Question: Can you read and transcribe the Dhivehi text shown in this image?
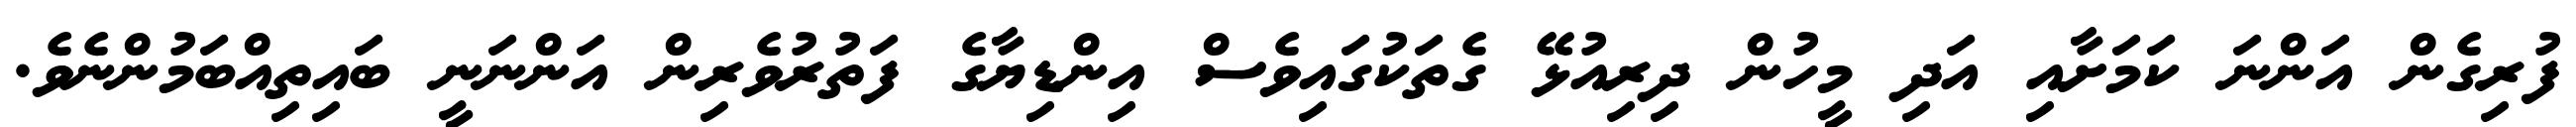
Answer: ފުރިގެން އަންނަ ކަމަށާއި އަދި މީހުން ދިރިއުޅޭ ގެތަކުގައިވެސް އިންޑިޔާގެ ފަތުރުވެރިން އަންނަނީ ބައިތިއްބަމުންނެވެ.